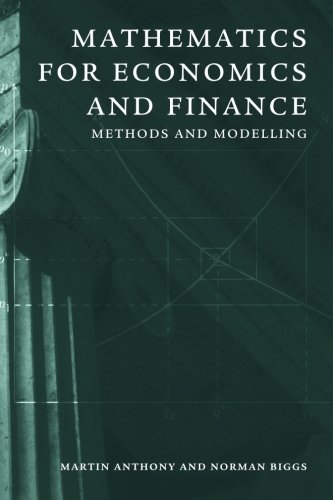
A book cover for Mathematics for Economics and Finance: Methods and Modelling; Martin Anthony; Science & Math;